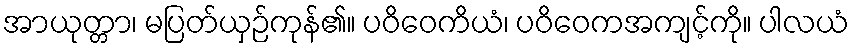
အာယုတ္တာ၊ မပြတ်ယှဉ်ကုန်၏။ ပဝိဝေကိယံ၊ ပဝိဝေကအကျင့်ကို။ ပါလယံ